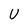
Character: U